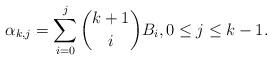
LaTeX: \begin{align*}\alpha_{k,j}=\sum_{i=0}^j \binom{k+1}{i}B_i, 0 \leq j \leq k-1.\end{align*}